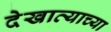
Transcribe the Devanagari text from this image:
देखाव्याच्या